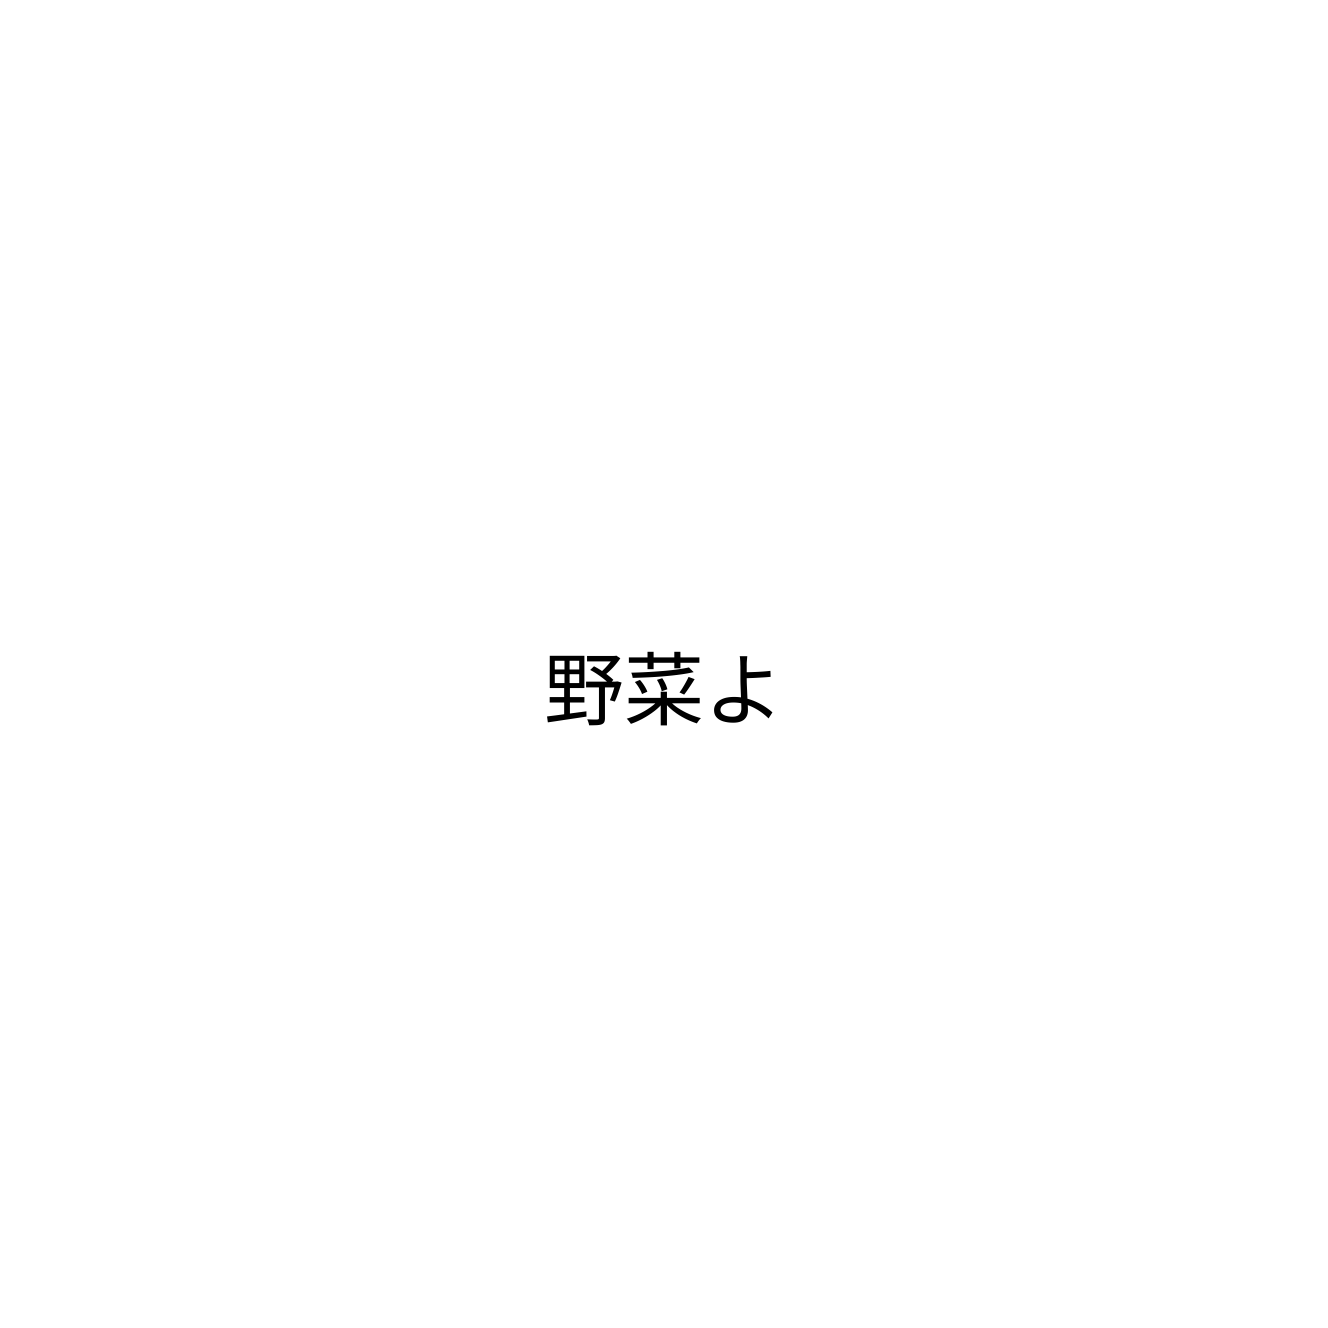
野菜よ